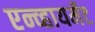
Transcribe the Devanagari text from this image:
एन्व्हायर्मेट